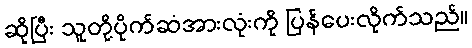
ဆိုပြီး သူတို့ပိုက်ဆံအားလုံးကို ပြန်ပေးလိုက်သည်။